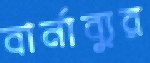
বার্নাব্যুর